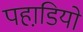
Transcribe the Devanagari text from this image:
पहाडि़यो